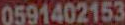
0591402153